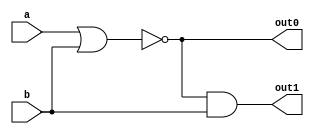
`timescale 1ns / 1ps
//////////////////////////////////////////////////////////////////////////////////
// Company: 
// Engineer: 
// 
// Design Name: 
// Module Name: circuit_fara_FF
// Project Name: 
// Target Devices: 
// Tool Versions: 
// Description: 
// 
// Dependencies: 
// 
// Revision:
// Revision 0.01 - File Created
// Additional Comments:
// 
//////////////////////////////////////////////////////////////////////////////////


module circuit_fara_FF(
    input a,
    input b,
    output out0,
    output out1
    );
    
    assign #5 out0 = ~(a | b);
    assign #5 out1 = out0 & b;
    
endmodule